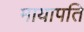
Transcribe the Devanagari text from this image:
मायापति